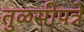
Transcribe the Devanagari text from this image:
तुळसीपत्रे